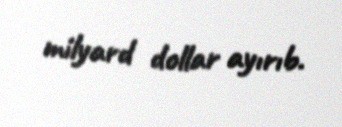
milyard dollar ayırıb.